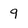
Character: 9